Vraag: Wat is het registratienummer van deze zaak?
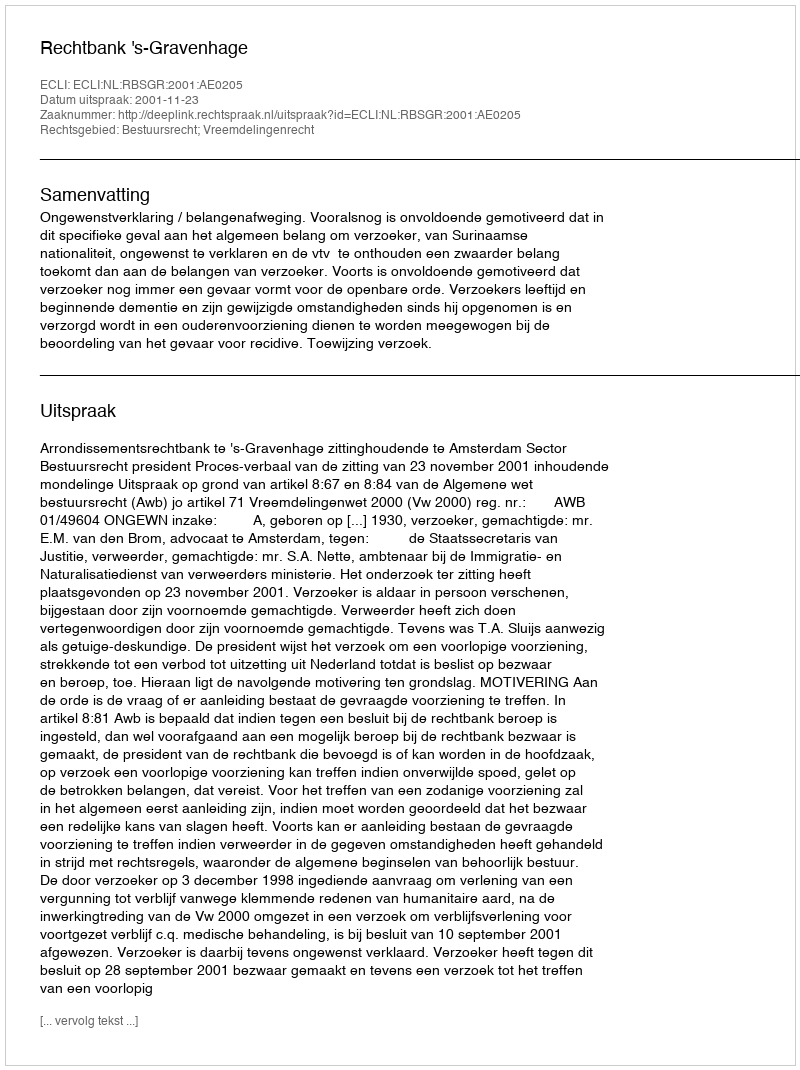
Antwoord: http://deeplink.rechtspraak.nl/uitspraak?id=ECLI:NL:RBSGR:2001:AE0205